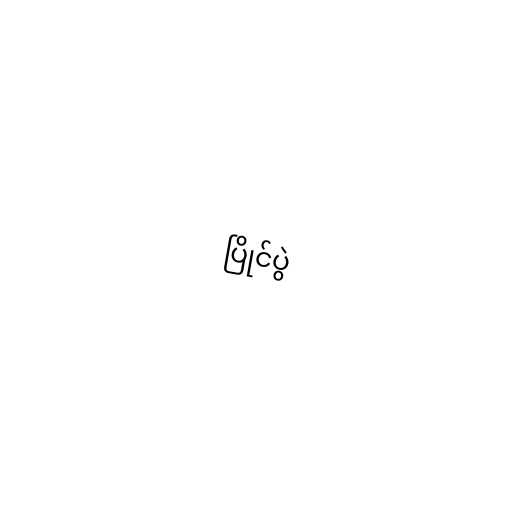
ပြိုင်ပွဲ